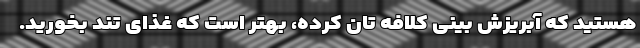
هستید که آبریزش بینی کلافه تان کرده، بهتر است که غذای تند بخورید.